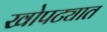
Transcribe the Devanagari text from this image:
खोपट्यात